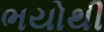
ભયોથી